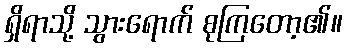
ရှိရာသို့ သွားရောက် စုကြတော့၏။